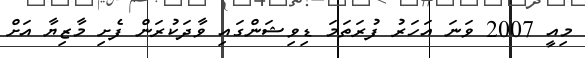
މިއީ 2007 ވަނަ އަހަރު ފުރަތަމަ ޑިވިޝަންގައި ވާދަކުރަން ފެށި މާޒިޔާ އަށް